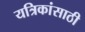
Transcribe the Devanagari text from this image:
यत्रिकांसाठी